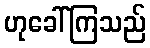
ဟုခေါ်ကြသည်